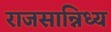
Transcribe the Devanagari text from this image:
राजसान्निध्य